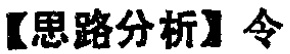
【思路分析】令